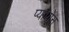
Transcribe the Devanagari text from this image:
प्यापोन